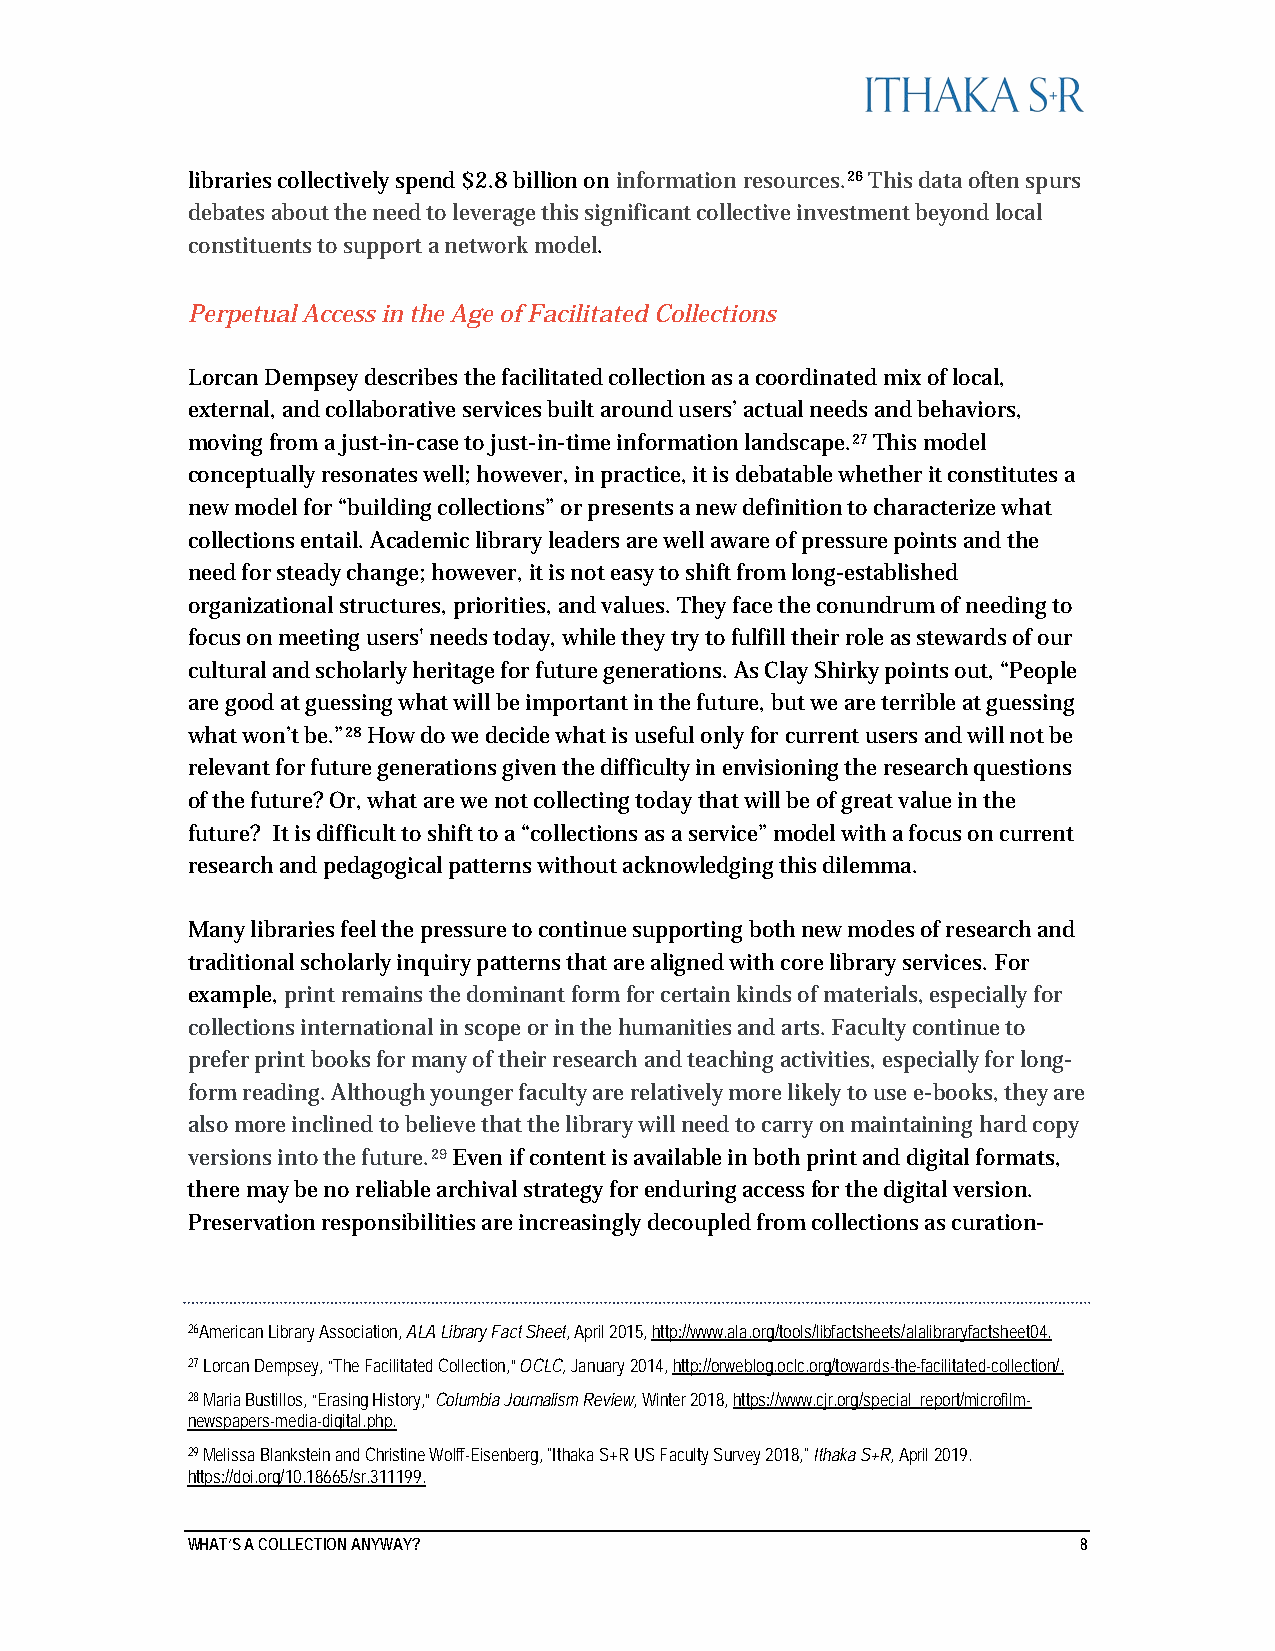
libraries collectively spend $2.8 billion on information resources.26 This data often spurs
 debates about the need to leverage this significant collective investment beyond local
 constituents to support a network model.
 Perpetual Access in the Age of Facilitated Collections
 Lorcan Dempsey describes the facilitated collection as a coordinated mix of local,
 external, and collaborative services built around users’ actual needs and behaviors,
 moving from a just-in-case to just-in-time information landscape.27 This model
 conceptually resonates well; however, in practice, it is debatable whether it constitutes a
 new model for “building collections” or presents a new definition to characterize what
 collections entail. Academic library leaders are well aware of pressure points and the
 need for steady change; however, it is not easy to shift from long-established
 organizational structures, priorities, and values. They face the conundrum of needing to
 focus on meeting users' needs today, while they try to fulfill their role as stewards of our
 cultural and scholarly heritage for future generations. As Clay Shirky points out, “People
 are good at guessing what will be important in the future, but we are terrible at guessing
 what won’t be.”28 How do we decide what is useful only for current users and will not be
 relevant for future generations given the difficulty in envisioning the research questions
 of the future? Or, what are we not collecting today that will be of great value in the
 future? It is difficult to shift to a “collections as a service” model with a focus on current
 research and pedagogical patterns without acknowledging this dilemma.
 Many libraries feel the pressure to continue supporting both new modes of research and
 traditional scholarly inquiry patterns that are aligned with core library services. For
 example, print remains the dominant form for certain kinds of materials, especially for
 collections international in scope or in the humanities and arts. Faculty continue to
 prefer print books for many of their research and teaching activities, especially for long-
 form reading. Although younger faculty are relatively more likely to use e-books, they are
 also more inclined to believe that the library will need to carry on maintaining hard copy
 versions into the future.29 Even if content is available in both print and digital formats,
 there may be no reliable archival strategy for enduring access for the digital version.
 Preservation responsibilities are increasingly decoupled from collections as curation-
 26American Library Association, ALA Library Fact Sheet, April 2015, http://www.ala.org/tools/libfactsheets/alalibraryfactsheet04.
 27 Lorcan Dempsey, “The Facilitated Collection,” OCLC, January 2014, http://orweblog.oclc.org/towards-the-facilitated-collection/.
 28 Maria Bustillos, “Erasing History,” Columbia Journalism Review, Winter 2018, https://www.cjr.org/special_report/microfilm-
 newspapers-media-digital.php.
 29 Melissa Blankstein and Christine Wolff-Eisenberg, "Ithaka S+R US Faculty Survey 2018," Ithaka S+R, April 2019.
 https://doi.org/10.18665/sr.311199.
 WHAT’S A COLLECTION ANYWAY?                                 8